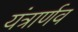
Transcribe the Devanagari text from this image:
यंत्रार्णव